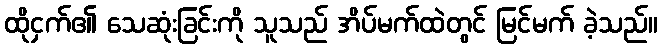
ထိုငှက်၏ သေဆုံးခြင်းကို သူသည် အိပ်မက်ထဲတွင် မြင်မက် ခဲ့သည်။